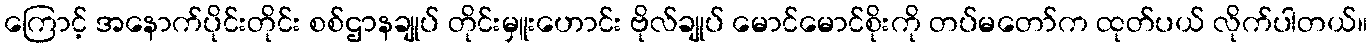
ကြောင့် အနောက်ပိုင်းတိုင်း စစ်ဌာနချုပ် တိုင်းမှူးဟောင်း ဗိုလ်ချုပ် မောင်မောင်စိုးကို တပ်မတော်က ထုတ်ပယ် လိုက်ပါတယ်။